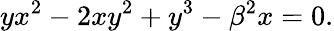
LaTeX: yx^{2}-2xy^{2}+y^{3}-\beta^{2}x=0.